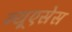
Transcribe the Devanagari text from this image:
न्यूएसेस